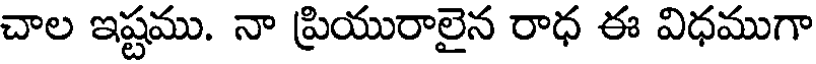
చాల ఇష్టము. నా ప్రియురాలైన రాధ ఈ విధముగా